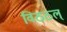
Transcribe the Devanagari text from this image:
विठठल्